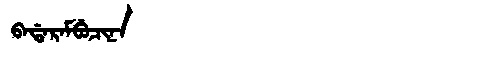
Manchu: ᠪᠠᡩᠠᡵᠠᠮᠪᡠᠴᡳᠨᠠ
Romanization: BADARAMBUCINA